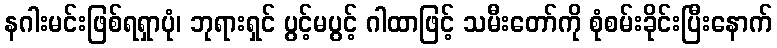
နဂါးမင်းဖြစ်ရရှာပုံ၊ ဘုရားရှင် ပွင့်မပွင့် ဂါထာဖြင့် သမီးတော်ကို စုံစမ်းခိုင်းပြီးနောက်